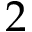
2